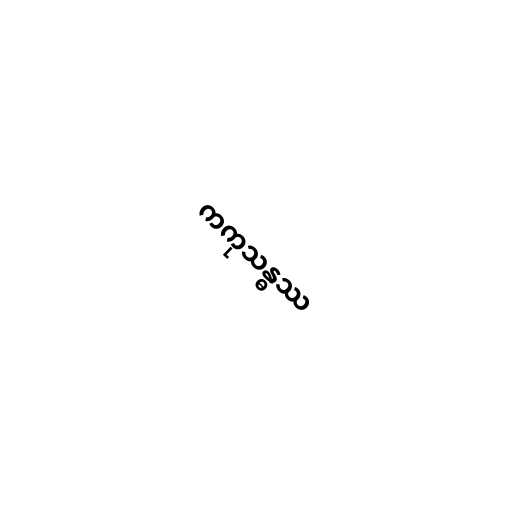
ကကုသန္ဓဿ